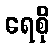
ရေစို